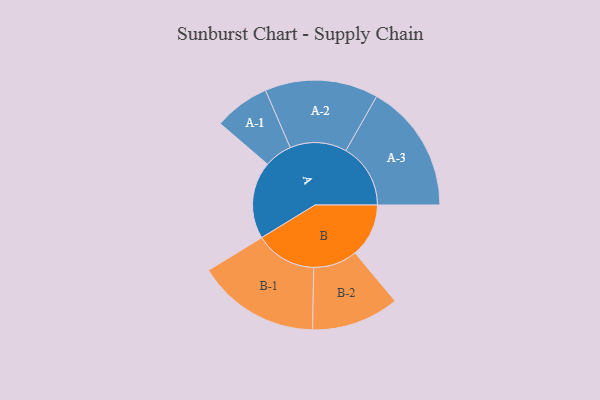
{"axis": {"x": "Segment", "y": "Value"}, "legend": ["", "A", "B"], "data": [{"x": "A", "y": 308, "type": ""}, {"x": "B", "y": 214, "type": ""}, {"x": "A-1", "y": 111, "type": "A"}, {"x": "A-2", "y": 226, "type": "A"}, {"x": "A-3", "y": 258, "type": "A"}, {"x": "B-1", "y": 245, "type": "B"}, {"x": "B-2", "y": 175, "type": "B"}]}